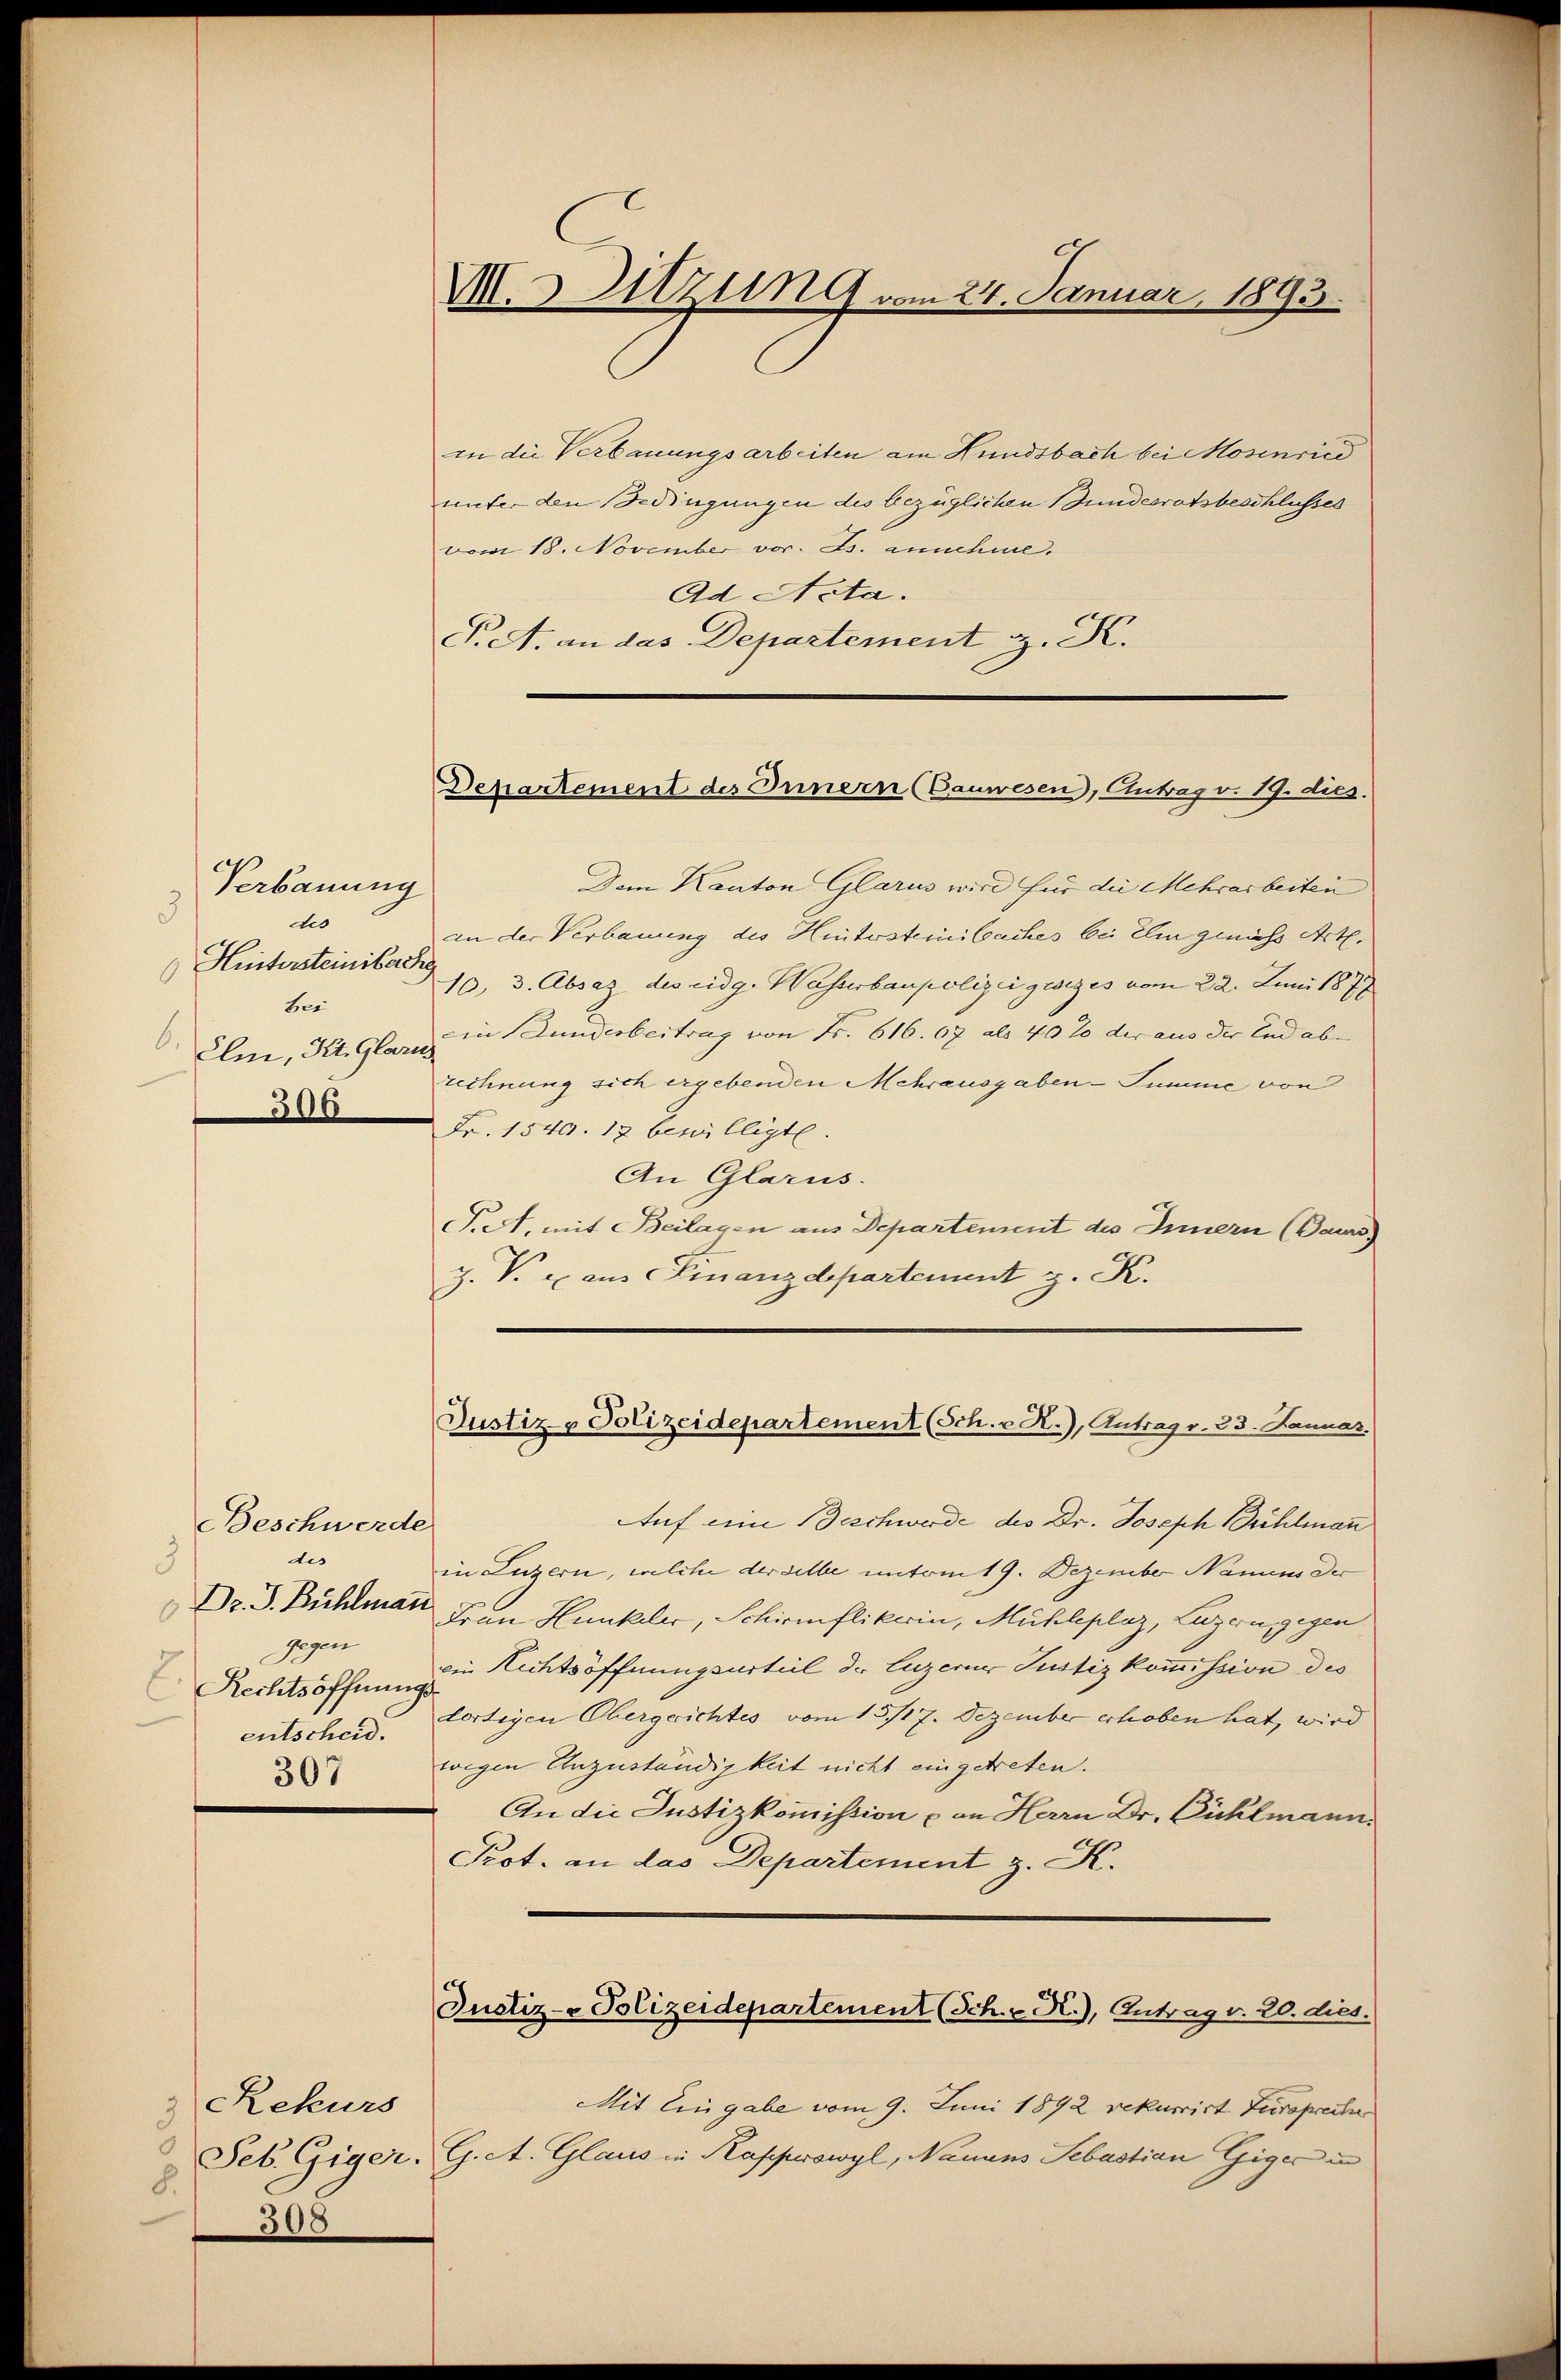
Verbauung
3
ts
 Hintersteinbachig
bei
6.
Eln, Kt. Glarus
306

Beschwerde
dis
3
Dr. J. Bühlmann
gegen
Rechtsöffnung
entscheid.
307

Rekurs
3
8.
308

in die Verbauungsarbeiten am Hundsbach bei Mosenried
unter den Bedingungen des bezüglichen Bundesratsbeschlusses
vom 18. November vor. Js. annehme.
Ad Acta.
P.A. an das Departement z. K.

M.Utzung vom 24. Januar 1893.

Departement des Innern (Cauwesen, Antrag v. 19. dies

Justiz- Polizeidepartement (Sch. v. R.), Antrag v. 23. Januar,

Dem Kanton Glarus wird für die Mehrarbeiten
an der Verbauung des Hintersteinbaches bei Elm geniess Art.
10, 3. Absaz des eidg. Wasserbaupolizei gesezes vom 22. Juni 1878
ein Bunderbeitrag von Fr. 616. 67 als 40% der aus der End aber |
technung sich ergebenden Mehrausgaben-Summe von
Fr. 1540. 12 bewilligte
An Glarus.
J. A. mit Beilagen aus Departement des Innern (Daurs)
Z. V. xx aus Finanzdepartement z. K.
Auf eine Beschwerde des Dr. Joseph Bühlmann
in Luzern, welche derselbe unterm 19. Dezember Nanum der
Frau Hunkeler, Schirmflikerin, Mühleplaz, Luzern, gegen
vin Lichtsöffnungsurteil der Luzerner Justizkommission des
lortigen Obergerichtes vom 15./17. Dezember erhoben hat, wird
wegen Anzuständigkeit nicht eingetreten.
An die Justizkommission & an Herrn Dr. Bühlmann.
Prot. an das Departement z. K.
Justiz- Polizeidepartement (Sch. N.), Antrag v. 20. dies.
Mit Eingabe vom 9. Juni 1892 rekurrirt Tursprechne
Seb. Giger. G. A. Glaus in Kappwowyl, Nauans Sebastian Giger u